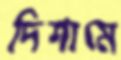
দিশামে